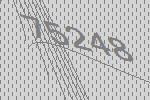
75248